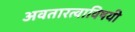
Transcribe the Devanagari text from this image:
अवतारत्वाविषयी